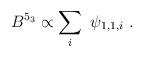
LaTeX: \begin{align*}B^{5_3} \propto \sum_{i} ~\psi_{1,1,i}\;.\end{align*}